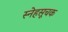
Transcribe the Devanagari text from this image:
स्नेहसूचक